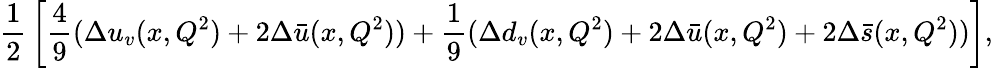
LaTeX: {\frac{1}{2}}\left[{\frac{4}{9}}(\Delta u_{v}(x,Q^{2})+2\Delta\bar{u}(x,Q^{2}))+{\frac{1}{9}}(\Delta d_{v}(x,Q^{2})+2\Delta\bar{u}(x,Q^{2})+2\Delta\bar{s}(x,Q^{2}))\right],